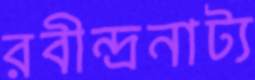
রবীন্দ্রনাট্য